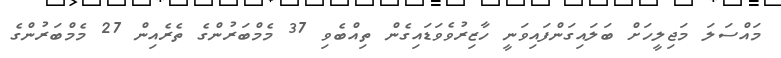
މައްސަލަ މަޖިލީހަށް ބަލައިގަންފައިވަނީ ހާޒިރުވެވަޑައިގެން ތިއްބެވި 37 މެމްބަރުންގެ ތެރެއިން 27 މެމްބަރުންގެ